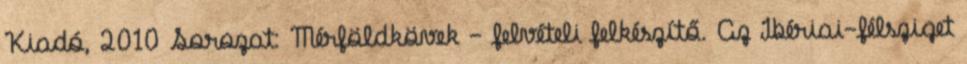
Kiadó, 2010 Sorozat: Mérföldkövek - felvételi felkészítő. Az Ibériai-félsziget